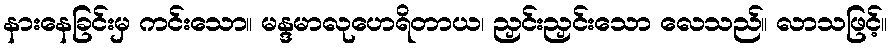
နားနေခြင်းမှ ကင်းသော။ မန္ဒမာလုဟေရိတာယ၊ ညှင်းညှင်းသော လေသည်။ လာသဖြင့်။